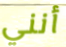
أنني